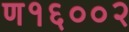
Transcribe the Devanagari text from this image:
ण१६००२